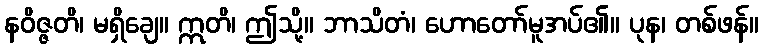
နဝိဇ္ဇတိ၊ မရှိချေ။ ဣတိ၊ ဤသို့။ ဘာသိတံ၊ ဟောတော်မူအပ်၏။ ပုန၊ တစ်ဖန်။